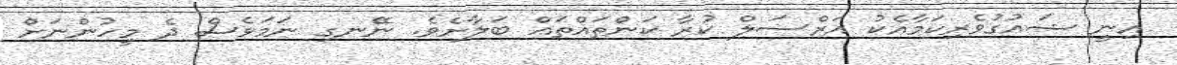
އިނީ ޝައުގުވެރިކަމާއެކު އަރްސަލް ކުރާ ކަންތައްތައް ބަލާށެވެ. ނޭނގި ނަމަވެސް ދެ މީހުންނަށް